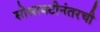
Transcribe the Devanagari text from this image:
सोसायटीनंतरची